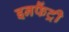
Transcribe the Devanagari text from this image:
इनफैंट्री